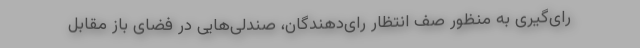
رای‌گیری به منظور صف انتظار رای‌دهندگان، صندلی‌هایی در فضای باز مقابل